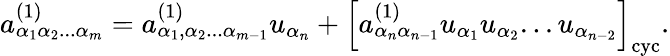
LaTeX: {a}_{\alpha_{1}\alpha_{2}...\alpha_{m}}^{(1)}={a}_{\alpha_{1},\alpha_{2}...\alpha_{m-1}}^{(1)}u_{\alpha_{n}}+\left[{a}_{\alpha_{n}\alpha_{n-1}}^{(1)}u_{\alpha_{1}}u_{\alpha_{2}}...u_{\alpha_{n-2}}\right]_{\mathrm{cyc}}.